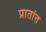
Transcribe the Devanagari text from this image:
प्रातांत